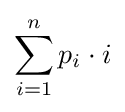
\sum _{i=1}^{n}p_{i}\cdot i